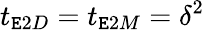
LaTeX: t_{\mathtt{E}2D}=t_{\mathtt{E}2M}=\delta^{2}